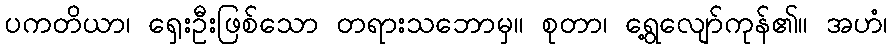
ပကတိယာ၊ ရှေးဦးဖြစ်သော တရားသဘောမှ။ စုတာ၊ ရွေ့လျော်ကုန်၏။ အဟံ၊